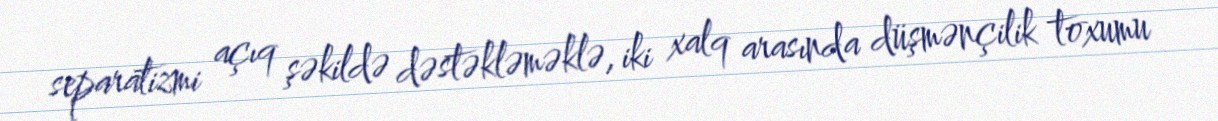
separatizmi açıq şəkildə dəstəkləməklə, iki xalq arasında düşmənçilik toxumu